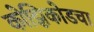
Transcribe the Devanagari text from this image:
कोझिकोडचा